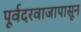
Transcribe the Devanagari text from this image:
पूर्वदरवाजापासून